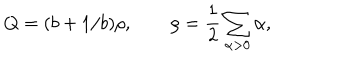
Q = ( b + 1 / b ) \rho , \qquad \rho = \frac 1 2 \sum _ { \alpha > 0 } \alpha ,